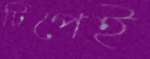
টিপেই